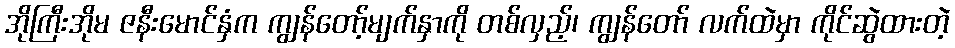
အိုကြီးအိုမ ဇနီးမောင်နှံက ကျွန်တော့်မျက်နှာကို တစ်လှည့်၊ ကျွန်တော် လက်ထဲမှာ ကိုင်ဆွဲထားတဲ့